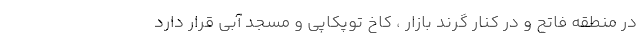
در منطقه فاتح و در کنار گرند بازار ، کاخ توپکاپی و مسجد آبی قرار دارد